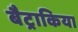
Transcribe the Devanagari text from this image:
बैट्राकिया